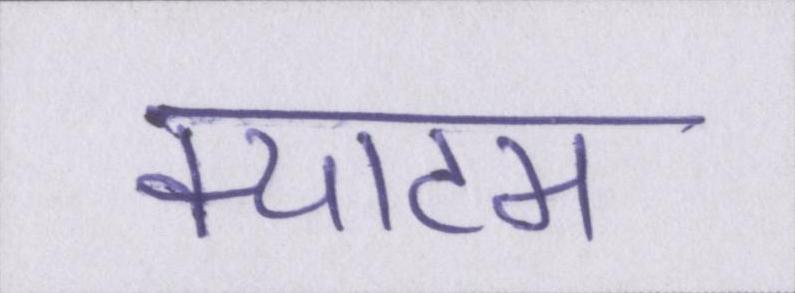
क्याटम